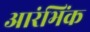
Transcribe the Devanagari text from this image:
आरंभिंक